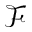
\mathcal { F }